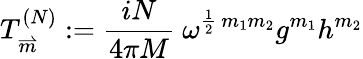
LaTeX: T_{\stackrel{\rightharpoonup}{m}}^{(N)}:=\frac{iN}{4\pi M}\ \omega^{\frac{1}{2}\, m_{1}m_{2}}g^{m_{1}}h^{m_{2}}